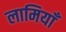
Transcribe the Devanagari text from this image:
लामियाँ